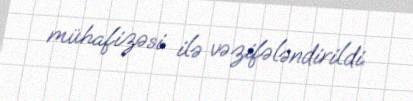
mühafizəsi ilə vəzifələndirildi.